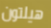
هيلتون